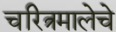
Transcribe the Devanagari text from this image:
चरित्रमालेचे